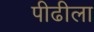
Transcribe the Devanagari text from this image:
पीढीला